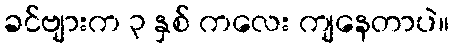
ခင်ဗျားက ၃ နှစ် ကလေး ကျနေတာပဲ။